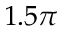
1 . 5 \pi